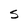
Character: S